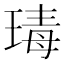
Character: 瑇